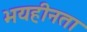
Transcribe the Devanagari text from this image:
भयहीनता